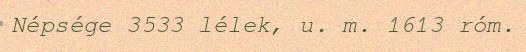
Népsége 3533 lélek, u. m. 1613 róm.